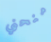
منحني